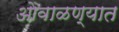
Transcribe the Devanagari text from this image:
ओवाळण्यात